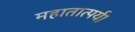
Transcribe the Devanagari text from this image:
महातात्पर्य।